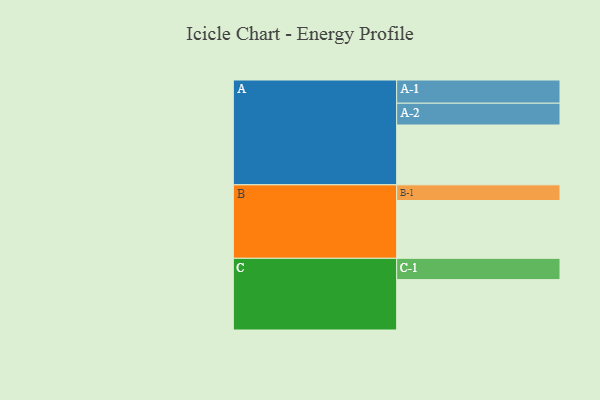
{"axis": {"x": "Segment", "y": "Value"}, "legend": ["", "A", "B", "C"], "data": [{"x": "A", "y": 500, "type": ""}, {"x": "B", "y": 483, "type": ""}, {"x": "C", "y": 421, "type": ""}, {"x": "A-1", "y": 194, "type": "A"}, {"x": "A-2", "y": 182, "type": "A"}, {"x": "B-1", "y": 131, "type": "B"}, {"x": "C-1", "y": 178, "type": "C"}]}